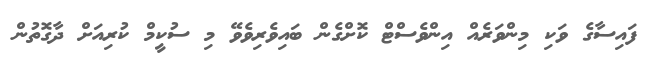
ފައިސާގެ ވަކި މިންވަރެއް އިންވެސްޓް ކޮށްގެން ބައިވެރިވެވޭ މި ސުކީމް ކުރިއަށް ދާގޮތުން